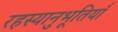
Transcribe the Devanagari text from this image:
रहस्यानुभूतियाँ